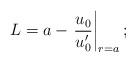
\begin{align*}L= a - \left.\frac{u_0}{u_0^\prime}\right|_{r=a};\end{align*}